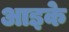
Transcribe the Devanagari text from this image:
आइके